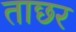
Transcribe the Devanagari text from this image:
ताछर